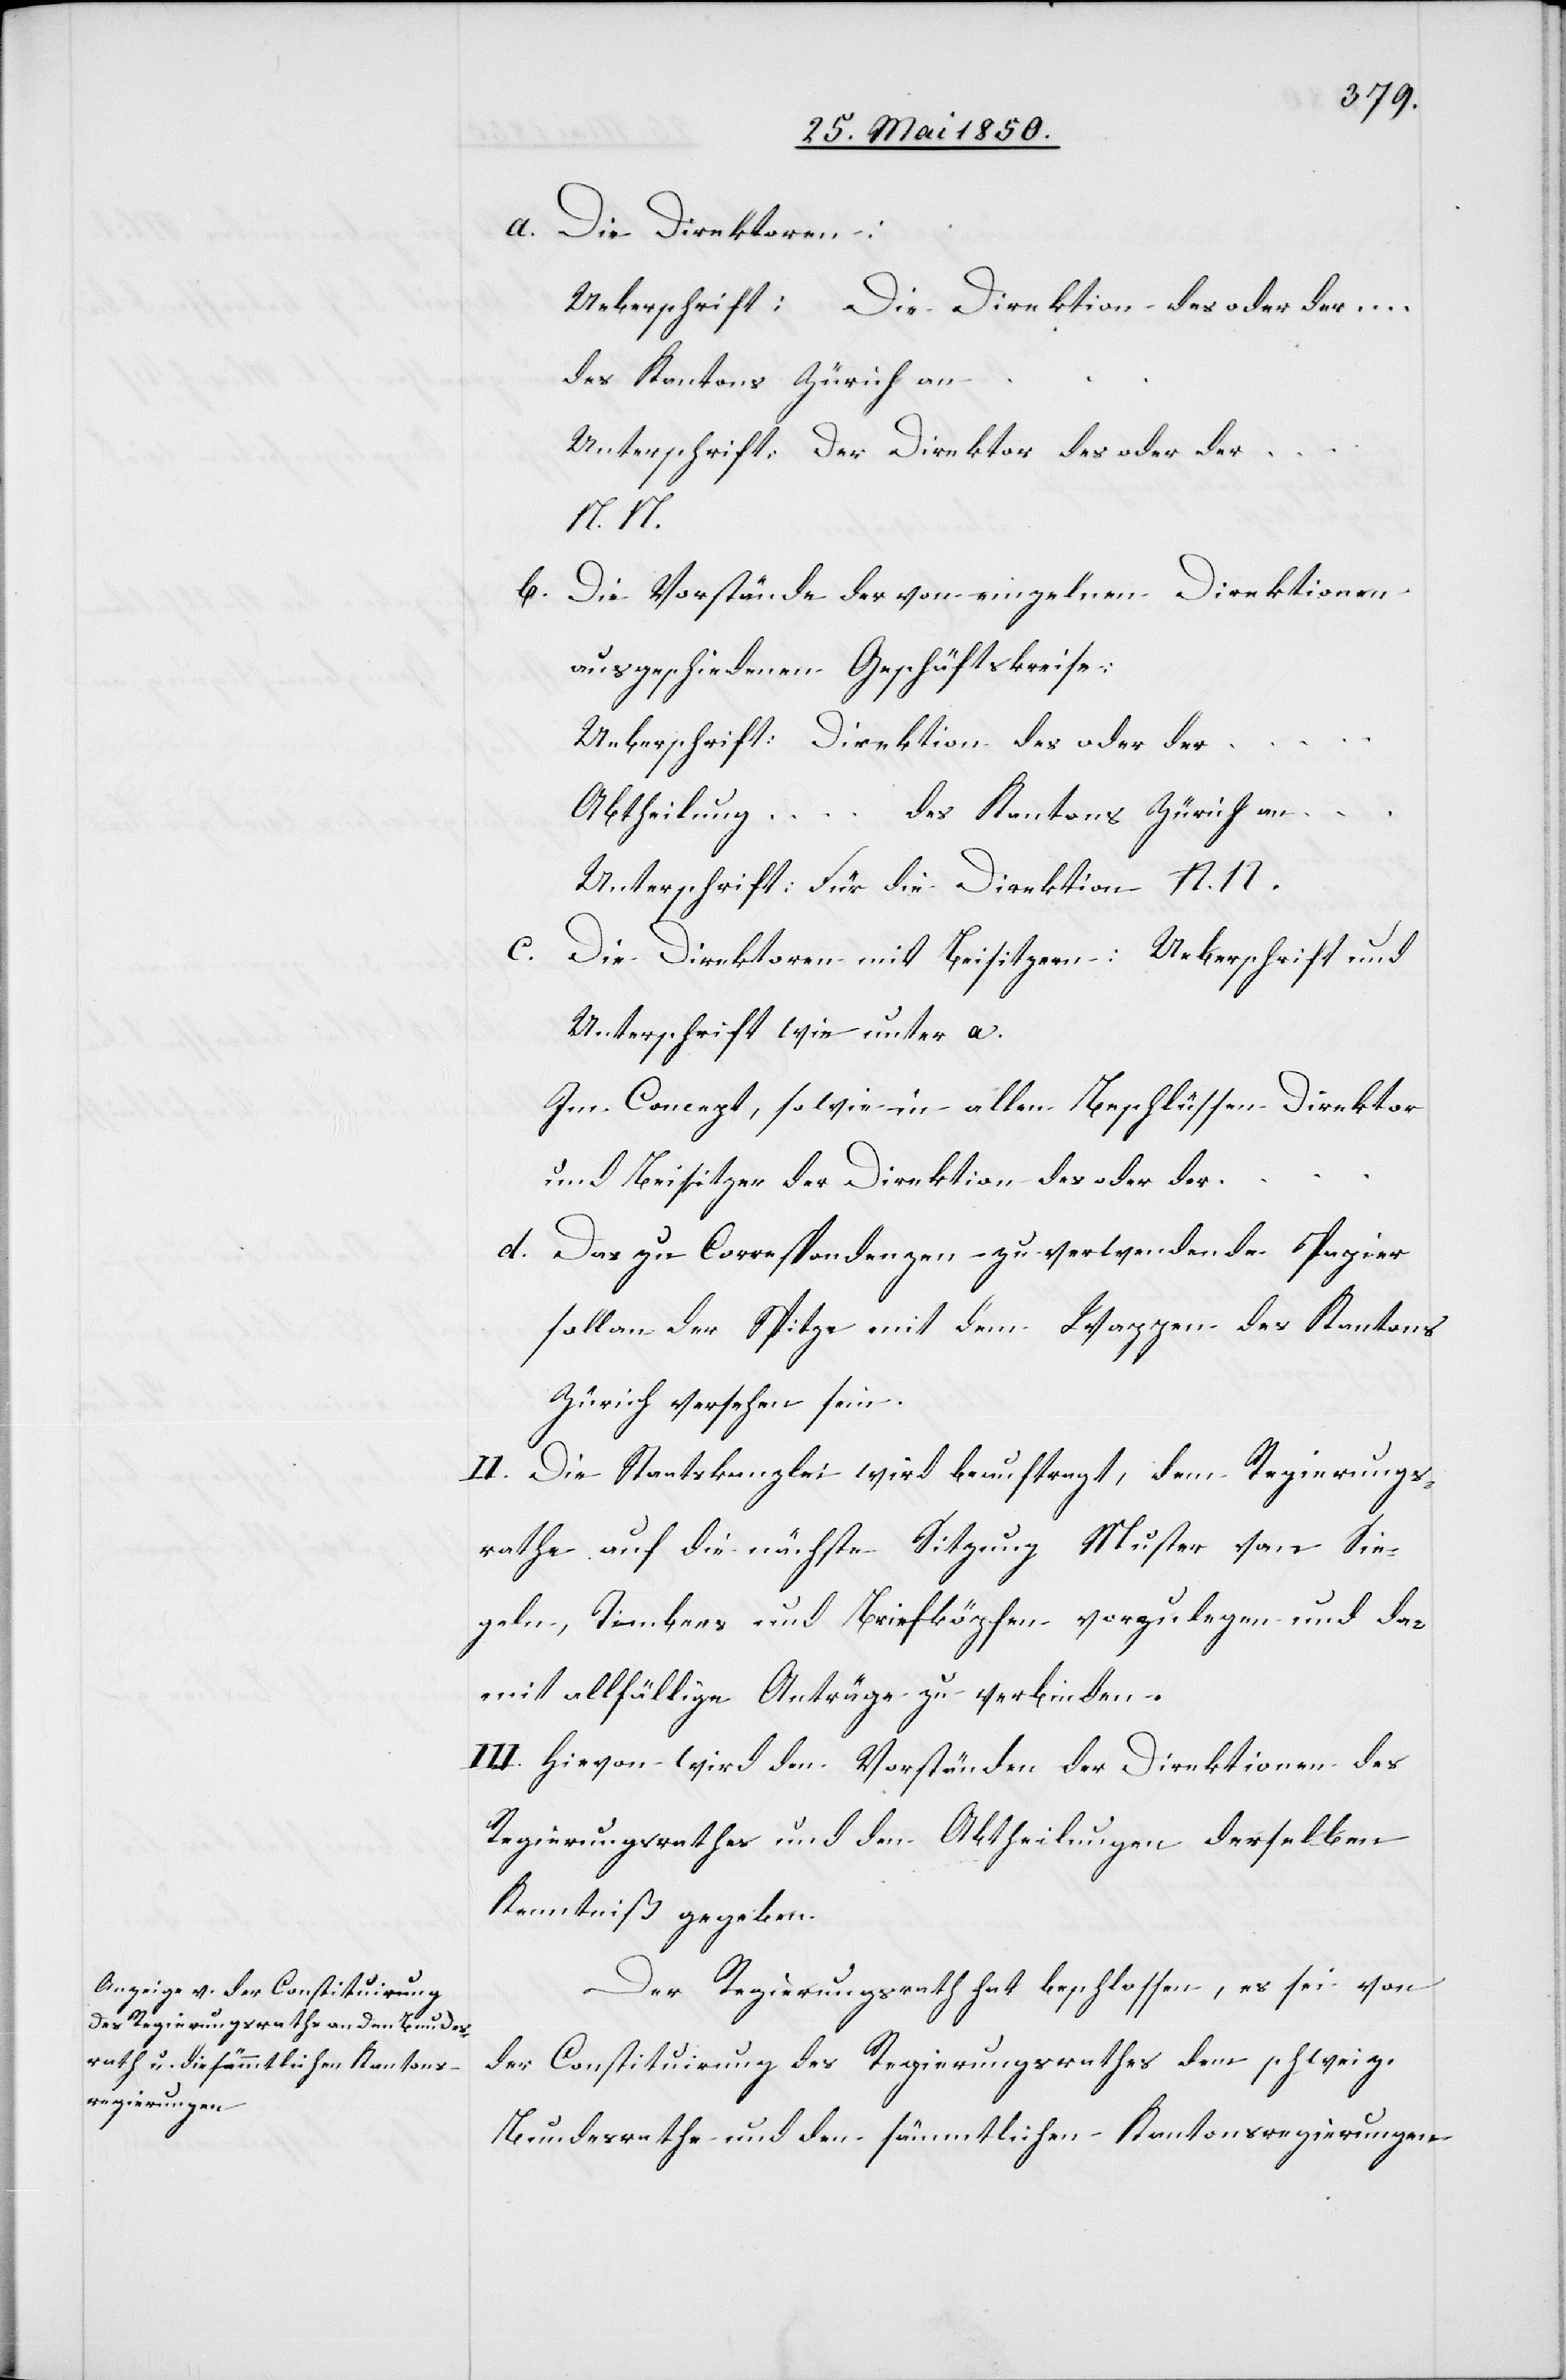
a. Die Direktoren:
Ueberschrift: Die Direktion des oder der …
des Kantons Zürich an
Unterschrift: Der Direktor des oder der …
N. N.
b. Die Vorstände der von einzelnen Direktionen
ausgeschiedenen Geschäftskreise:
Ueberschrift: Direktion des oder der
…
Abtheilung …
des Kantons Zürich an
Unterschrift: Für die Direktion N. N.
c. Die Direktoren mit Beisitzern: Ueberschrift und
Unterschrift wie unter a.
Im Concept, so wie in allen Beschlüssen Direktor
und Beisitzer der Direktion des oder der …
d. Das zu Correspondenzen zu verwendende Papier
soll an der Spitze mit dem Wappen des Kantons
Zürich versehen sein.
II. Die Staatskanzlei wird beauftragt, dem Regierungs¬
rathe auf die nächste Sitzung Muster von Sie¬
geln, Timbres und Briefköpfen vorzulegen und da¬
mit allfällige Anträge zu verbinden.
III. Hievon wird den Vorständen der Direktionen des
Regierungsrathes und den Abtheilungen derselben
Kenntniß gegeben.
Der Regierungsrath hat beschlossen, es sei von
der Constituirung des Regierungsrathes dem schweiz.
Bundesrathe und den sämmtlichen Kantonsregierungen